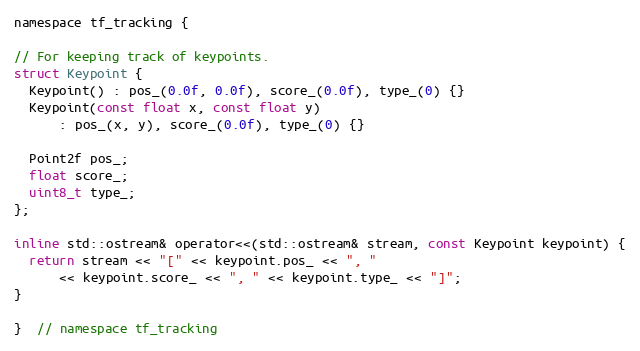
Language: C
namespace tf_tracking {

// For keeping track of keypoints.
struct Keypoint {
  Keypoint() : pos_(0.0f, 0.0f), score_(0.0f), type_(0) {}
  Keypoint(const float x, const float y)
      : pos_(x, y), score_(0.0f), type_(0) {}

  Point2f pos_;
  float score_;
  uint8_t type_;
};

inline std::ostream& operator<<(std::ostream& stream, const Keypoint keypoint) {
  return stream << "[" << keypoint.pos_ << ", "
      << keypoint.score_ << ", " << keypoint.type_ << "]";
}

}  // namespace tf_tracking